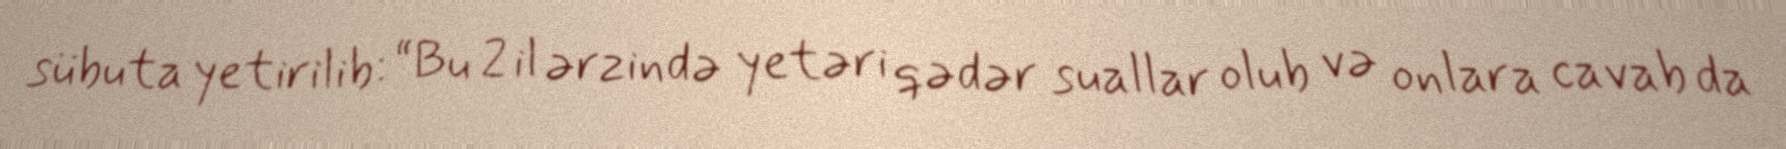
sübuta yetirilib: “Bu 2 il ərzində yetəri qədər suallar olub və onlara cavab da